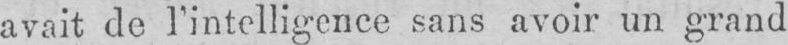
avait de l’intelligence sans avoir un grand